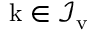
\mathrm { k } \in \mathcal I _ { \mathrm v }